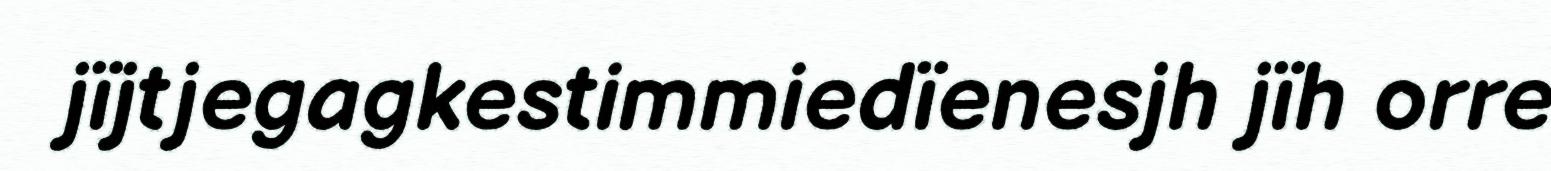
jïjtjegagkestimmiedïenesjh jïh orre